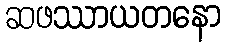
ဆဖဿာယတနော